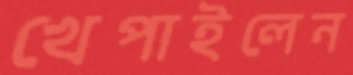
খেপাইলেন